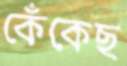
কেঁকেছ